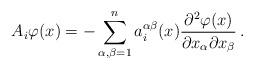
LaTeX: \begin{align*}A_{i}\varphi(x)=-\sum_{\alpha,\beta=1}^{n}a_{i}^{\alpha\beta}(x)\dfrac{\partial^{2}\varphi(x)}{\partial x_{\alpha}\partial x_{\beta}} \, .\end{align*}